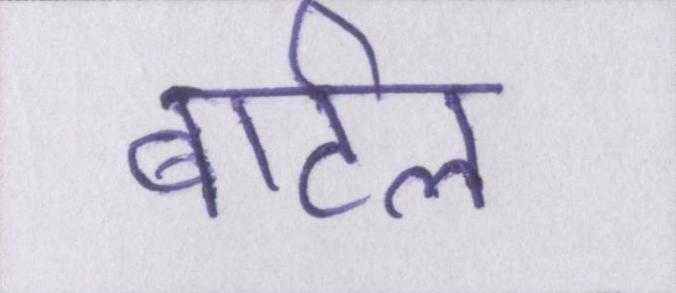
बार्टल